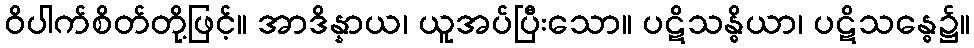
ဝိပါက်စိတ်တို့ဖြင့်။ အာဒိန္နာယ၊ ယူအပ်ပြီးသော။ ပဋိသန္ဓိယာ၊ ပဋိသန္ဓေ၌။